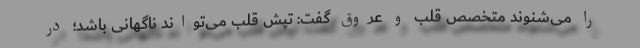
را می‌شنوند متخصص قلب و عروق گفت: تپش قلب می‌تواند ناگهانی باشد؛ در